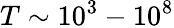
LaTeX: T\sim 10^{3}-10^{8}